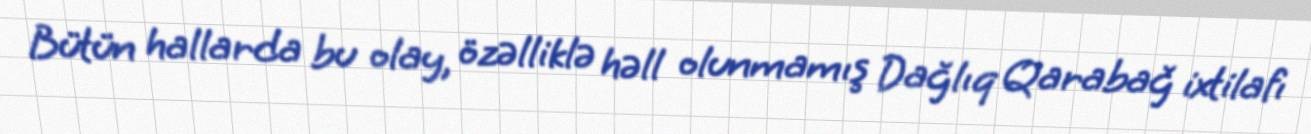
Bütün hallarda bu olay, özəlliklə həll olunmamış Dağlıq Qarabağ ixtilafı